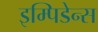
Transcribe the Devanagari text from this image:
इम्पिडेन्स